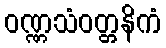
ဝဏ္ဏသံဝတ္တနိကံ